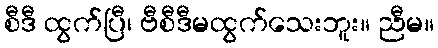
စီဒီ ထွက်ပြီ၊ ဗီစီဒီမထွက်သေးဘူး။ ညီမ။